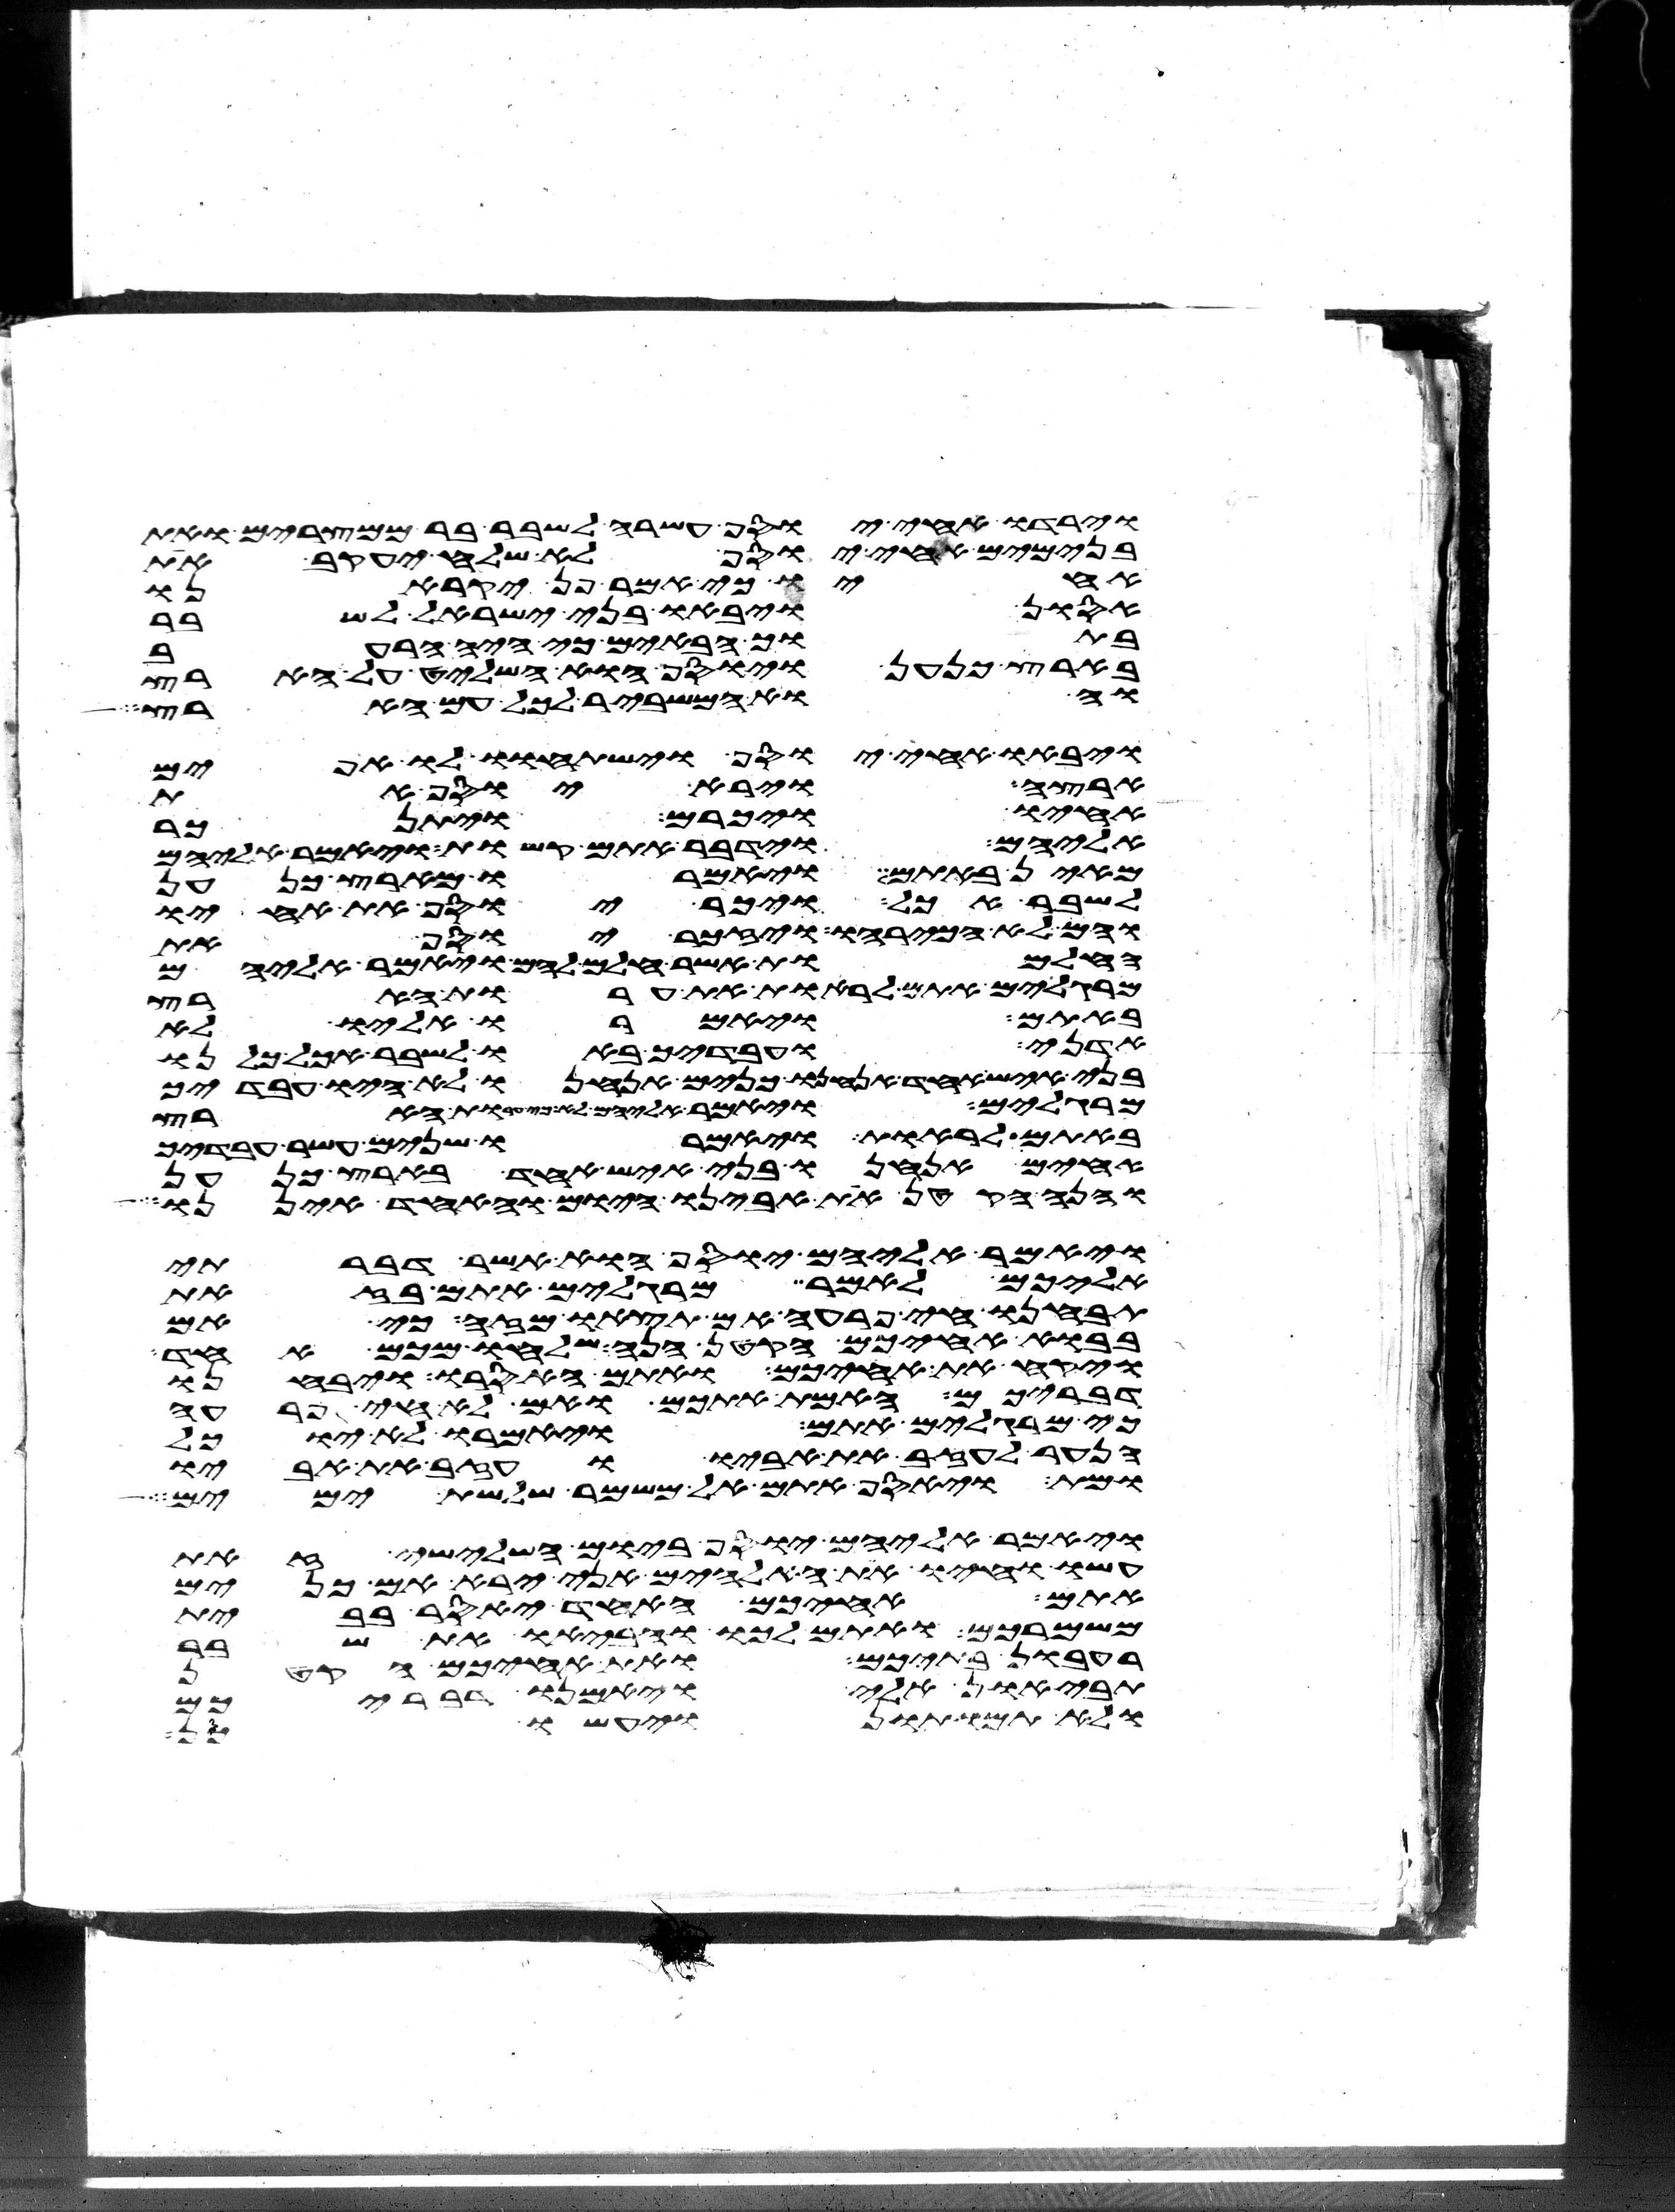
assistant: וירדו אחי יוסף עשרה לשבר בר ממצרים ואת
בנימים אחי יוסף לא שלח יעקב את
אחיו כי אמר פן יקראנו
אסון ויבאו בני ישראל לשבר
בתוך הבאים כי היה הרעב
בארץ כנען ויוסף הוא השליט על הארץ
והוא המשביר לכל עם הארץ
ויבאו אחי יוסף וישתחוו לו אפים
ארצה וירא יוסף את
אחיו ויכרם ויתנכר
אליהם וידבר אתם קשות ויאמר אליהם
מאין באתם ויאמרו מארץ כנען
לשבר אכל ויכר יוסף את אחיו
והם לא הכרהו ויזכר יוסף את
החלמות אשר חלם להם ויאמר אליהם
מרגלים אתם לראות את ערות הארץ
באתם ויאמרו אליו לא
אדני ועבדיך באו לשבר אכל כלנו
בני איש אחד אנחנו כנים אנחנו לא היו עבדיך
מרגלים ויאמר אליהם לא כי ערות הארץ
באתם לראות ויאמרו שנים עשר עבדיך
אחים אנחנו בני איש אחד בארץ כנען
והנה הקטן את אבינו היום והאחד איננו
ויאמר אליהם יוסף הוא אשר דברתי
אליכם לאמר מרגלים אתם בזאת
תבחנו חי פרעה אם תצאו מזה כי אם
בבוא אחיכם הקטן הנה שלחו מכם אחד
ויקח את אחיכם ואתם האסרו ויבחנו
דבריכם האמת אתכם ואם לא חי פרעה
כי מרגלים אתם ויאמרו לא יוכל
הנער לעזב את אביו ועזב את אביו
ומת ויאסף אתם אל משמר שלשת ימים
ויאמר אליהם יוסף ביום השלישי זאת
עשו וחיו את האלהים אני ירא אם כנים
אתם אחיכם האחד יאסר בבית
משמרכם ואתם לכו והביאו את שבר
רעבון בתיכם ואת אחיכם הקטן
תביאון אלי ויאמנו דבריכם
ולא תמותון ויעשו כן